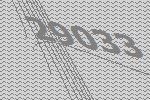
29033